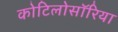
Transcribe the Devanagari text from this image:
कोटिलोसॉरिया